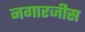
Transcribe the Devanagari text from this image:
नगारजीस